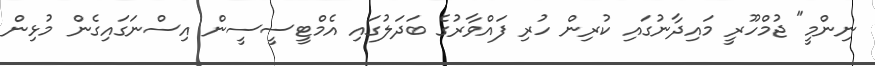
ނިންމީ" ޖުމްހޫރީ މައިދާނުގައި ކުރިން ހުރި ފައްވާރުގެ ބަދަލުގައި އެމްޓީސީސީން އިސްނަގައިގެން މުޅިން